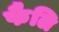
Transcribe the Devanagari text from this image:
फैलि